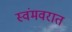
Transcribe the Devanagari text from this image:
स्वंमवरात